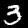
Label: 3